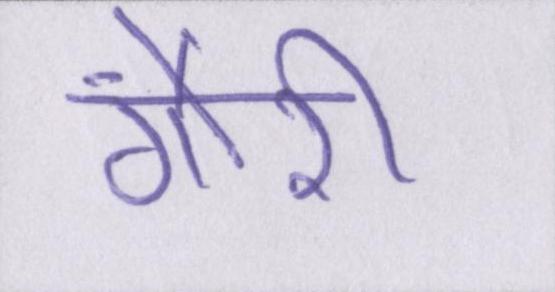
गौरी